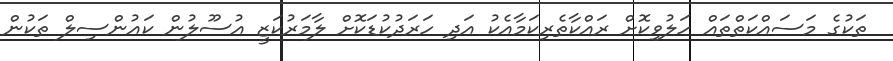
ތަކުގެ މަސައްކަތްތައް ހަލުވިކޮށް ރައްކާތެރިކަމާއެކު އަދި ހަރަދުކުޑަކޮށް ލާމަރުކަޒީ އުސޫލުން ކައުންސިލް ތަކުން